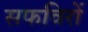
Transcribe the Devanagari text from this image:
सफविरों